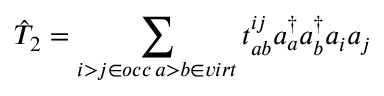
\hat { T } _ { 2 } = \sum _ { \substack { i > j \in o c c \, a > b \in v i r t } } t _ { a b } ^ { i j } a _ { a } ^ { \dagger } a _ { b } ^ { \dagger } a _ { i } a _ { j }